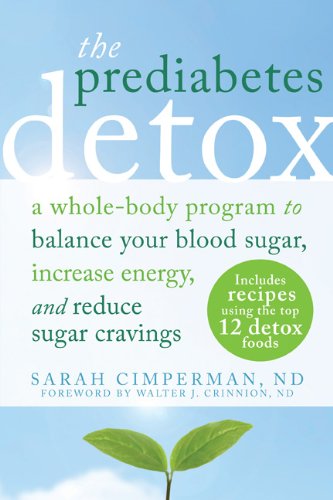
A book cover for The Prediabetes Detox: A Whole-Body Program to Balance Your Blood Sugar, Increase Energy, and Reduce Sugar Cravings; Sarah Cimperman ND; Medical Books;